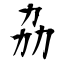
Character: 劦